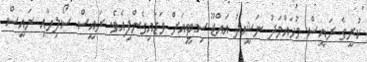
ކުރީގެ ރައީސް މުހައްމަދު ނަޝީދު އައްޑޫ ސިޓީއަށް ވަޑައިގެންފިއެވެ. ރައީސް ސޯލިހާއި ރައީސް